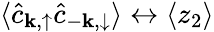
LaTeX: \langle\hat{c}_{{\mathbf{k}},\uparrow}\hat{c}_{{-\mathbf{k}},\downarrow}\rangle\leftrightarrow\langle z_{2}\rangle